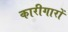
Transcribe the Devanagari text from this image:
कारीगारों